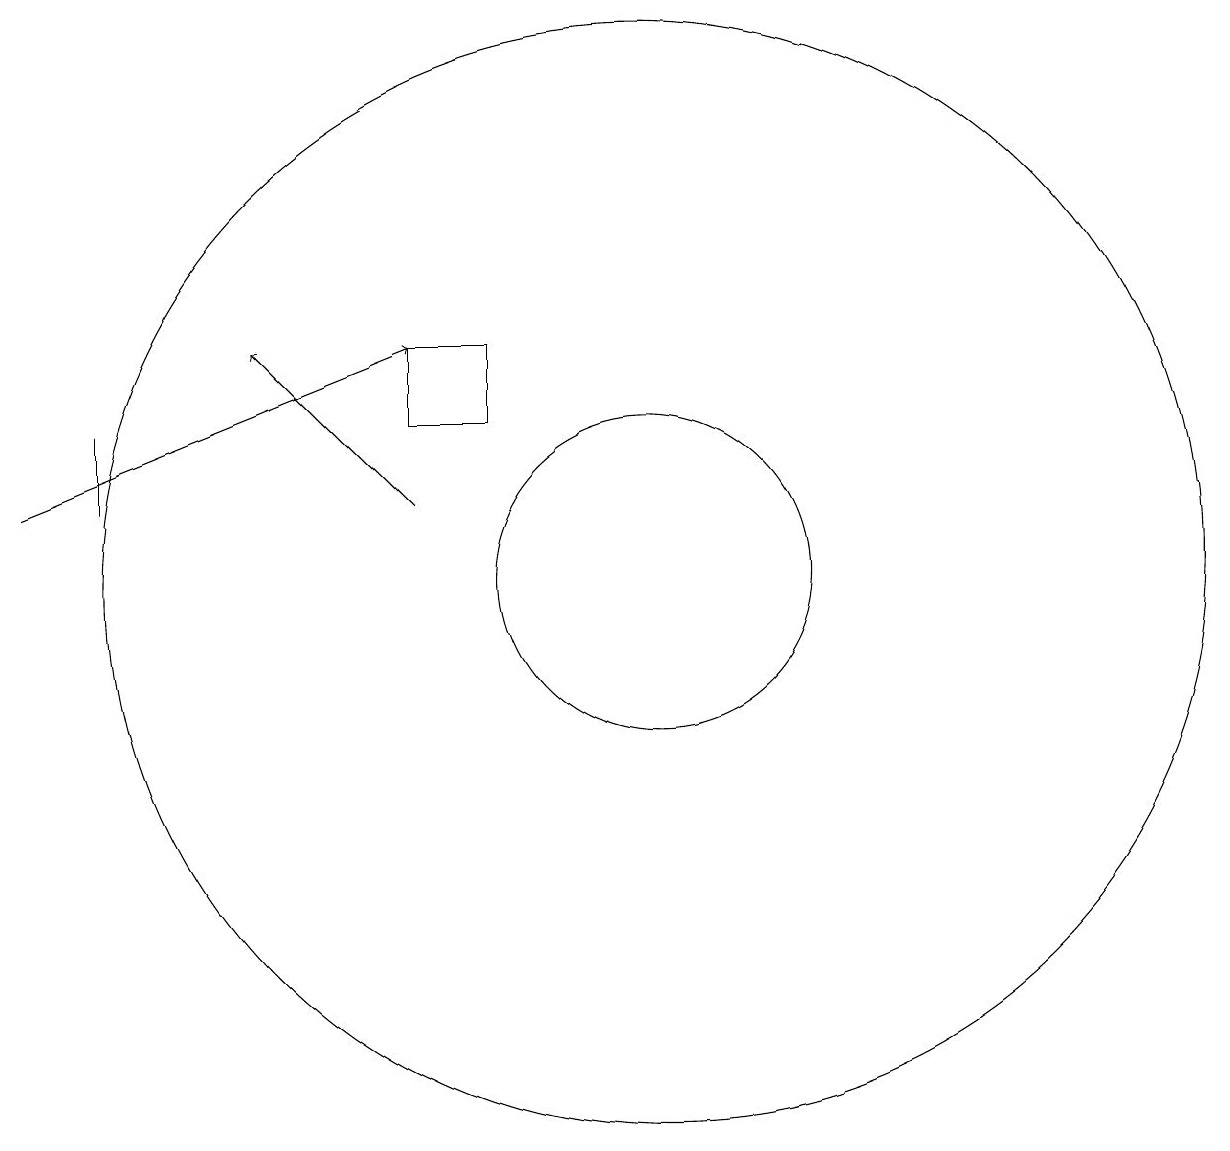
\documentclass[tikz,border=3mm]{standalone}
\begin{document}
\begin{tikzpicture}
\draw (8,14) rectangle (7,13);
\draw (10,11) circle (7);
\draw (3,12) rectangle (3,13);
\draw[->] (7,12) -- (5,14);
\draw (10,11) circle (2);
\draw (11,10) circle (0);
\draw[->] (2,12) -- (7,14);
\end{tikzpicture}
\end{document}